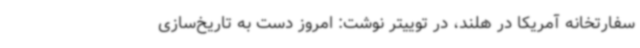
سفارتخانه آمریکا در هلند، در توییتر نوشت: امروز دست به تاریخ‌سازی